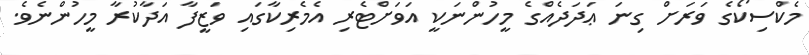
މެކްސިކޯގެ ވަރަށް ގިނަ ޢަދަދެއްގެ މީހުންނަކީ އަވަށްޓެރި އެމެރިކާގައި ވަޒީފާ އަދާކުރާ މީހުންނެވެ.